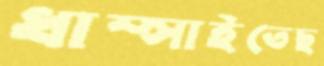
ধাম্‌সাইতেছ